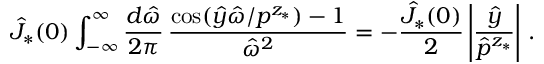
\hat { J } _ { * } ( 0 ) \int _ { - \infty } ^ { \infty } \frac { d \hat { \omega } } { 2 \pi } \, \frac { \cos ( \hat { y } \hat { \omega } / p ^ { z _ { * } } ) - 1 } { \hat { \omega } ^ { 2 } } = - \frac { \hat { J } _ { * } ( 0 ) } { 2 } \left| \frac { \hat { y } } { \hat { p } ^ { z _ { * } } } \right| \, .